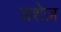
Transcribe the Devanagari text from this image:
डशेज़